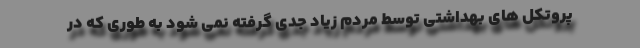
پروتکل های بهداشتی توسط مردم زیاد جدی گرفته نمی شود به طوری که در